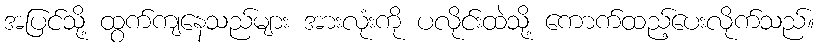
အပြင်သို့ ထွက်ကျနေသည်များ အားလုံးကို ပလိုင်းထဲသို့ ကောက်ထည့်ပေးလိုက်သည်။